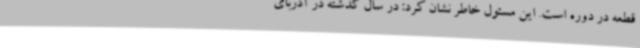
قطعه در دوره است. این مسئول خاطر نشان کرد: در سال گذشته در آذربای